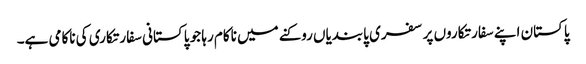
پاکستان اپنے سفارتکاروں پر سفری پابندیاں روکنے میں ناکام رہا جو پاکستانی سفارتکاری کی ناکامی ہے۔